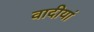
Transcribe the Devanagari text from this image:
वादीयां